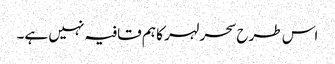
اس طرح سحر لہر کا ہم قافیہ نہیں ہے۔